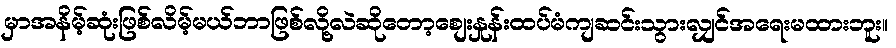
မှာအနိမ့်ဆုံးဖြစ်လိမ့်မယ်ဘာဖြစ်လို့လဲဆိုတော့စျေးနှုန်းထပ်မံကျဆင်းသွားလျှင်အရေးမထားဘူး။